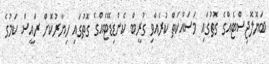
ބަޔޮލޮޖިސްޓެއްގެ ގޮތުގައި މަސައްކަތް ކުރެއްވި ގުރީބް ކެންޑިޑޭޓެއްގެ ގޮތުގައި ހިޔާރުކޮށް ރައީސް ކަމުގެ